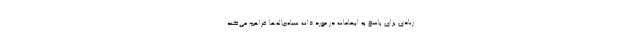
زیادی برای پاسخ به ابهامات در مورد ذات سیاه‌چاله‌ها فراهم می‌کند.